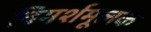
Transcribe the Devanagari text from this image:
विमर्शमूलक